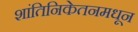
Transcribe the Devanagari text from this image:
शांतिनिकेतनमधून